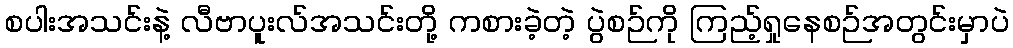
စပါးအသင်းနဲ့ လီဗာပူးလ်အသင်းတို့ ကစားခဲ့တဲ့ ပွဲစဉ်ကို ကြည့်ရှုနေစဉ်အတွင်းမှာပဲ